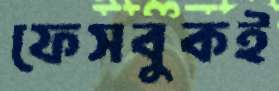
ফেসবুকই